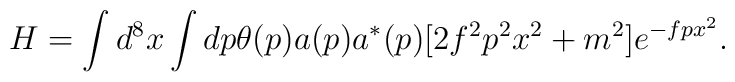
H = \int d^8x\int dp\theta(p)a(p)a^*(p)[ 2f^2p^2x^2 +m^2]e^{-fpx^2}.